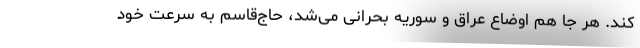
کند. هر جا هم اوضاع عراق و سوریه بحرانی می‌شد، حاج‌قاسم به سرعت خود